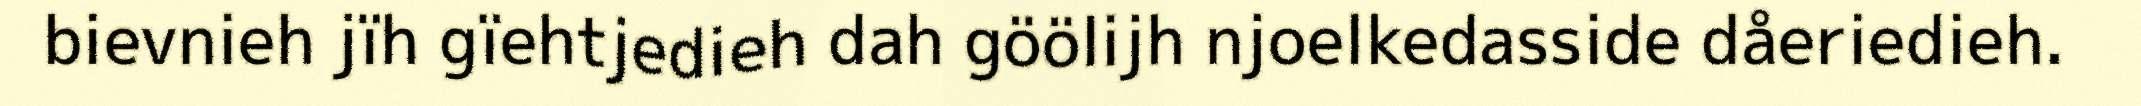
bievnieh jïh gïehtjedieh dah göölijh njoelkedasside dåeriedieh.